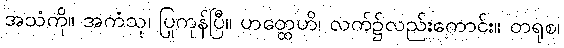
အသံကို။ အကံသု၊ ပြုကုန်ပြီ။ ဟတ္ထေဟိ၊ လက်၌လည်းကောင်း။ တရုစ၊